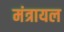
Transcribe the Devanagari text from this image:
मंत्रायल